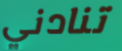
تنادني